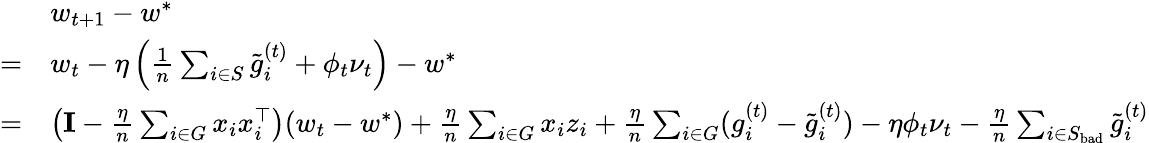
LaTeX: \begin{array}{rl}&{w_{t+1}-w^{*}}\\ {=}&{w_{t}-\eta\left(\frac{1}{n}\sum_{i\in S}\tilde{g}_{i}^{(t)}+\phi_{t}\nu_{t}\right)-w^{*}}\\ {=}&{\left(\mathbf{I}-\frac{\eta}{n}\sum_{i\in G}x_{i}x_{i}^{\top}\right)(w_{t}-w^{*})+\frac{\eta}{n}\sum_{i\in G}x_{i}z_{i}+\frac{\eta}{n}\sum_{i\in G}(g_{i}^{(t)}-\tilde{g}_{i}^{(t)})-\eta\phi_{t}\nu_{t}-\frac{\eta}{n}\sum_{i\in S_{\mathrm{bad}}}\tilde{g}_{i}^{(t)}}\end{array}